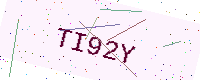
Text: TI92Y